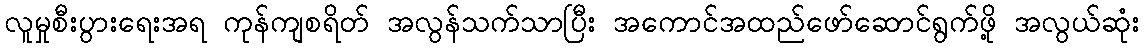
လူမှုစီးပွားရေးအရ ကုန်ကျစရိတ် အလွန်သက်သာပြီး အကောင်အထည်ဖော်ဆောင်ရွက်ဖို့ အလွယ်ဆုံး